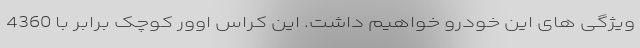
ویژگی های این خودرو خواهیم داشت. این کراس اوور کوچک برابر با 4360